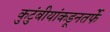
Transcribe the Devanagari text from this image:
कुटुंबीयांकडूनतर्फे